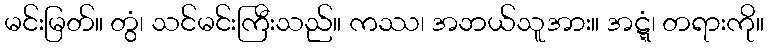
မင်းမြတ်။ တွံ၊ သင်မင်းကြီးသည်။ ကဿ၊ အဘယ်သူအား။ အဋ္ဋံ၊ တရားကို။